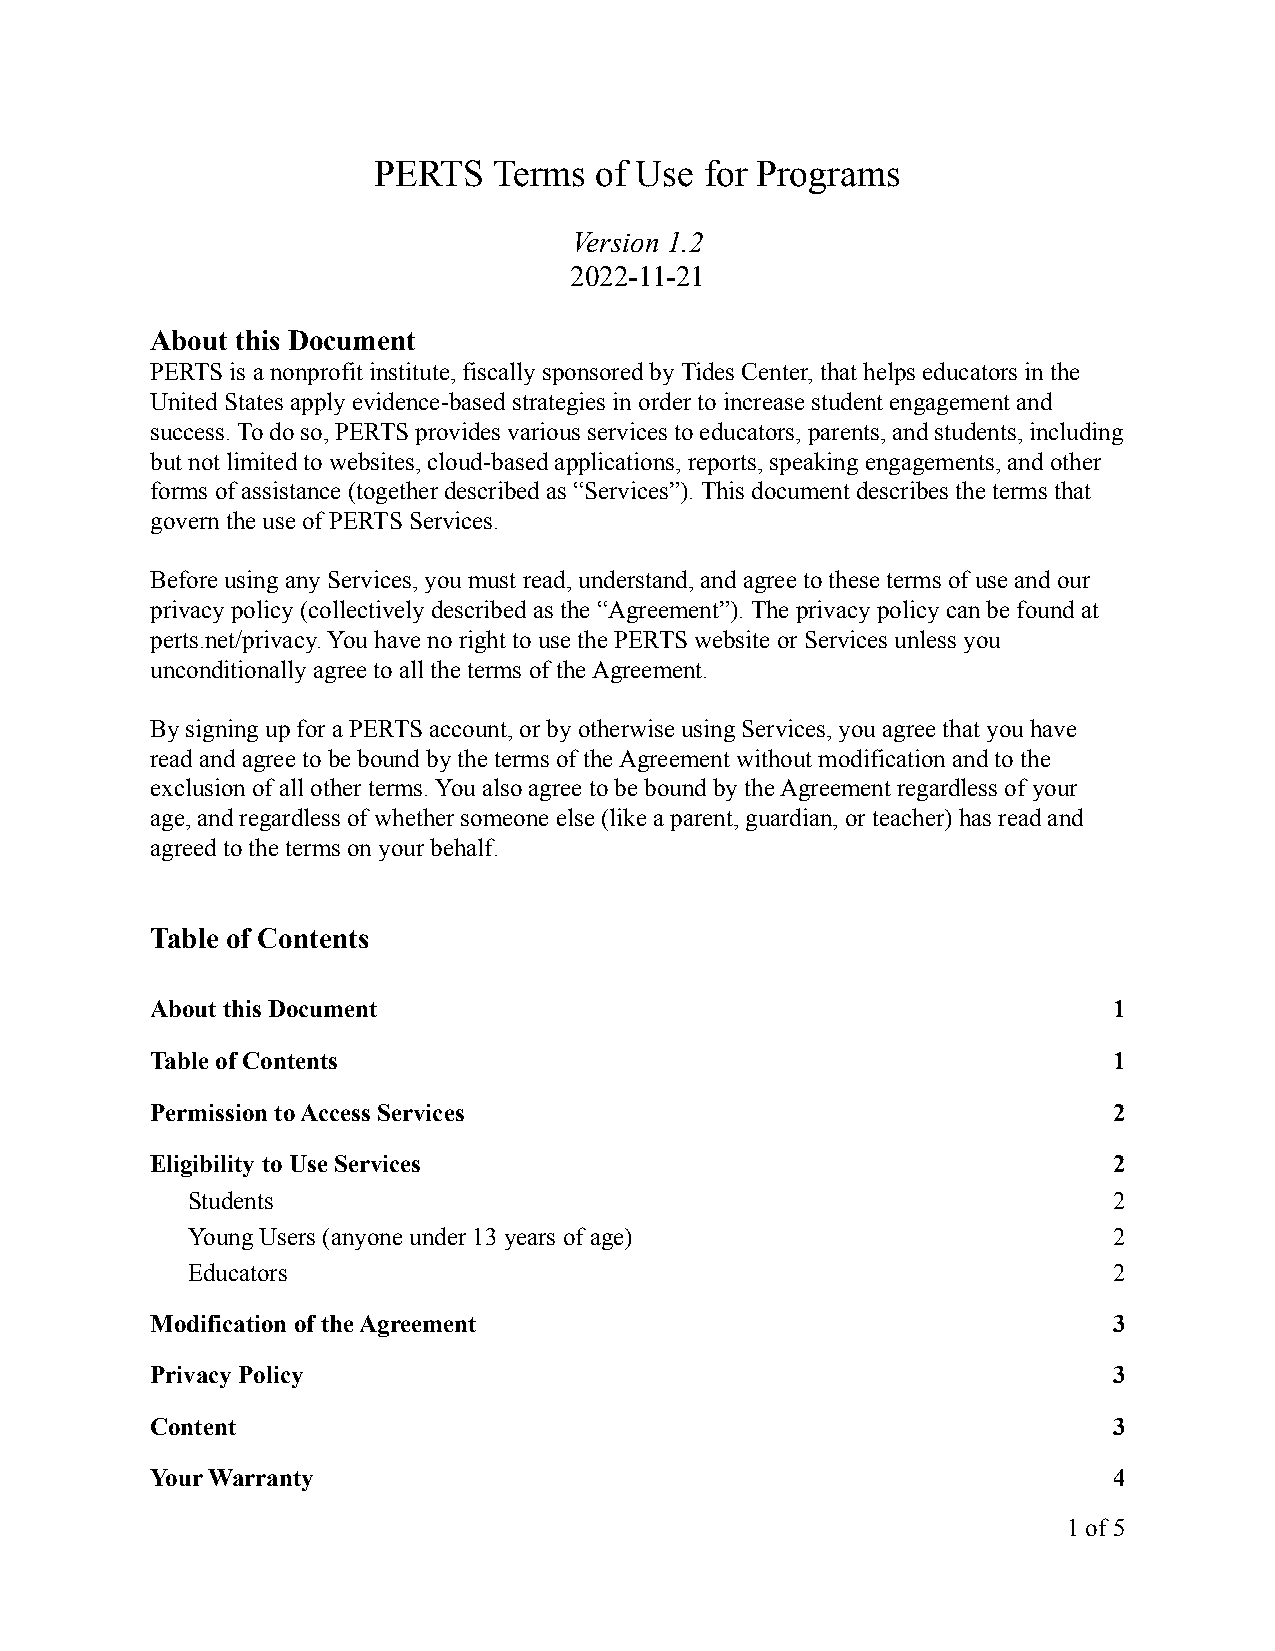
PERTS   Terms of Use  for Programs
 Version 1.2
 2022-11-21
 About this Document
 PERTS is a nonprofit institute, fiscally sponsored by Tides Center, that helps educators in the
 United States apply evidence-based strategies in order to increase student engagement and
 success. To do so, PERTS provides various services to educators, parents, and students, including
 but not limited to websites, cloud-based applications, reports, speaking engagements, and other
 forms of assistance (together described as “Services”). This document describes the terms that
 govern the use of PERTS Services.
 Before using any Services, you must read, understand, and agree to these terms of use and our
 privacy policy (collectively described as the “Agreement”). The privacy policy can be found at
 perts.net/privacy. You have no right to use the PERTS website or Services unless you
 unconditionally agree to all the terms of the Agreement.
 By signing up for a PERTS account, or by otherwise using Services, you agree that you have
 read and agree to be bound by the terms of the Agreement without modification and to the
 exclusion of all other terms. You also agree to be bound by the Agreement regardless of your
 age, and regardless of whether someone else (like a parent, guardian, or teacher) has read and
 agreed to the terms on your behalf.
 Table of Contents
 About this Document                                             1
 Table of Contents                                               1
 Permission to Access Services                                   2
 Eligibility to Use Services                                     2
 Students                                                      2
 Young Users (anyone under 13 years of age)                    2
 Educators                                                     2
 Modification of the Agreement                                   3
 Privacy Policy                                                  3
 Content                                                         3
 Your Warranty                                                   4
 1of5